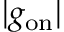
| g _ { \mathrm { o n } } |